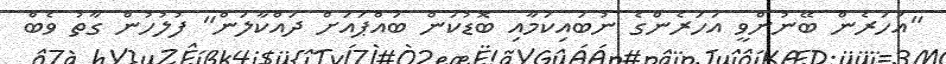
"އަހަރެން ބޭނުންވީ އަހަރެންގެ ނުބައިކަމާއި ބޮޑުކަން ބައްޕައަށް ދައްކާލަން" ފުލުހުން ގާތު ވެބް